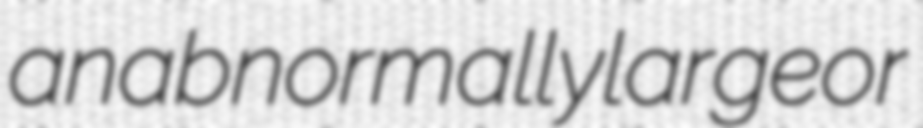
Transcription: an abnormally large or